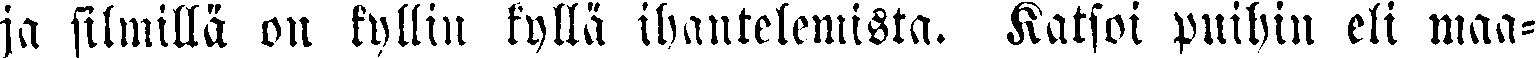
ja silmillä on kyllin kyllä ihantelemista. Katsoi puihin eli maa-